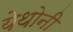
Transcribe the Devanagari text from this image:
येथोनी